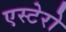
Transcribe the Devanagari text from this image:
एस्टेरो